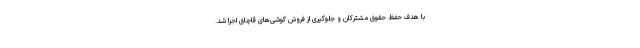
با هدف حفظ حقوق مشترکان و جلوگیری از فروش گوشی‌های قاچاق اجرا شد.